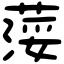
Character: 𦷪